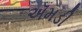
ઍમડી